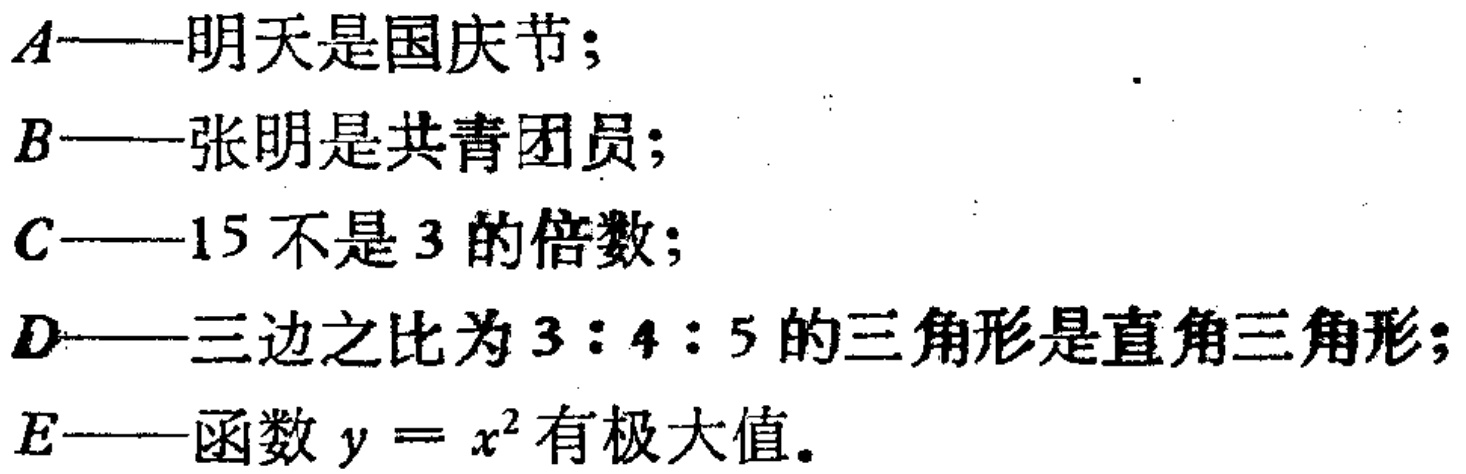
$A$——明天是国庆节；

$B$——张明是共青团员；

$C$——$15$不是$3$的倍数；

$D$——三边之比为$3:4:5$的三角形是直角三角形；

$E$——函数$y = x^{2}$有极大值。